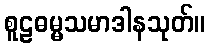
စူဠဓမ္မသမာဒါနသုတ်။